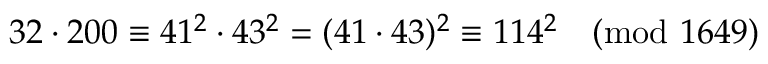
3 2 \cdot 2 0 0 \equiv 4 1 ^ { 2 } \cdot 4 3 ^ { 2 } = ( 4 1 \cdot 4 3 ) ^ { 2 } \equiv 1 1 4 ^ { 2 } { \pmod { 1 6 4 9 } }